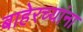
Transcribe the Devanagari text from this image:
बाहेरच्यांना